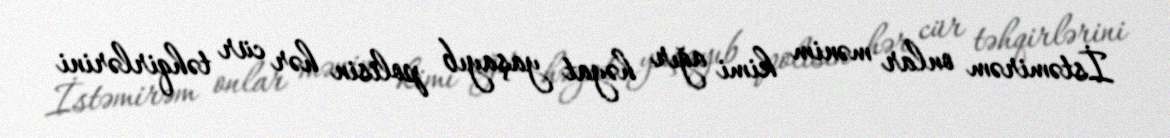
İstəmirəm onlar mənim kimi ağır həyat yaşayıb polisin hər cür təhqirlərini